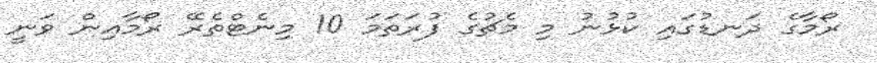
ރޯމާގެ ދަނޑުގައި ކުޅުނު މި މެޗުގެ ފުރަތަމަ 10 މިނެޓްތެރޭ ރޯމާއިން ވަނީ